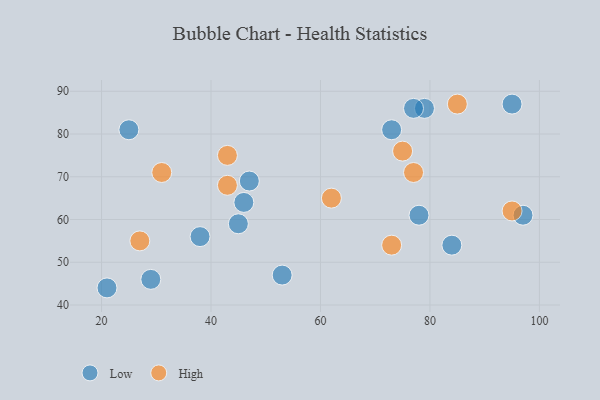
{"axis": {"x": "GDP", "y": "Life Expectancy"}, "legend": ["High", "Low"], "data": [{"x": "78", "y": 61, "type": "Low"}, {"x": "79", "y": 86, "type": "Low"}, {"x": "25", "y": 81, "type": "Low"}, {"x": "47", "y": 69, "type": "Low"}, {"x": "95", "y": 87, "type": "Low"}, {"x": "73", "y": 81, "type": "Low"}, {"x": "46", "y": 64, "type": "Low"}, {"x": "45", "y": 59, "type": "Low"}, {"x": "38", "y": 56, "type": "Low"}, {"x": "29", "y": 46, "type": "Low"}, {"x": "53", "y": 47, "type": "Low"}, {"x": "97", "y": 61, "type": "Low"}, {"x": "77", "y": 86, "type": "Low"}, {"x": "84", "y": 54, "type": "Low"}, {"x": "21", "y": 44, "type": "Low"}, {"x": "62", "y": 65, "type": "High"}, {"x": "31", "y": 71, "type": "High"}, {"x": "75", "y": 76, "type": "High"}, {"x": "73", "y": 54, "type": "High"}, {"x": "43", "y": 75, "type": "High"}, {"x": "43", "y": 68, "type": "High"}, {"x": "77", "y": 71, "type": "High"}, {"x": "27", "y": 55, "type": "High"}, {"x": "95", "y": 62, "type": "High"}, {"x": "85", "y": 87, "type": "High"}]}